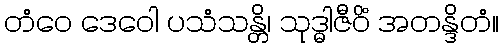
တံဝေ ဒေဝေါ ပသံသန္တိ၊ သုဒ္ဓါဇီဝိံ အတန္ဒိတံ။